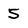
Character: 5